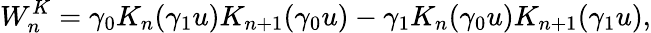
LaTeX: W_{n}^{K}=\gamma_{0}K_{n}(\gamma_{1}u)K_{n+1}(\gamma_{0}u)-\gamma_{1}K_{n}(\gamma_{0}u)K_{n+1}(\gamma_{1}u),